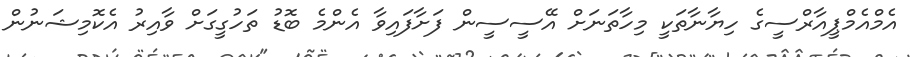
އެމްއެމްޕީއާރްސީގެ ހިޔާނާތަކީ މިހާތަނަށް އޭސީސީން ފަށާފައިވާ އެންމެ ބޮޑު ތަހުގީގަށް ވާއިރު އެކޮމިޝަނުން